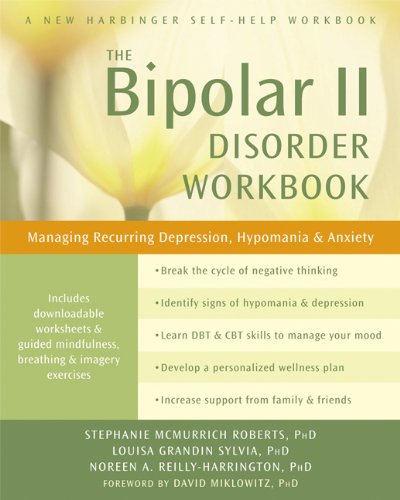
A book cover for The Bipolar II Disorder Workbook: Managing Recurring Depression, Hypomania, and Anxiety; Stephanie McMurrich Roberts; Self-Help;